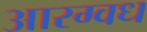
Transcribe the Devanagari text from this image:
आरग्वध